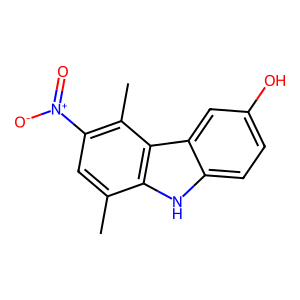
SMILES: Cc1cc([N+](=O)[O-])c(C)c2c1[nH]c1ccc(O)cc12
Inhibits HIV replication: No